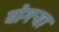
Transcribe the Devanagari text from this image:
घोगर्‍या